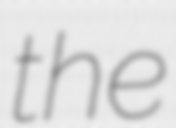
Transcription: the